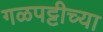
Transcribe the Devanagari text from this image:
गळपट्टीच्या